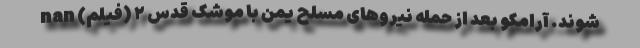
‌شوند. آرامکو بعد از حمله نیرو‌های مسلح یمن با موشک قدس ۲ (فیلم) nan